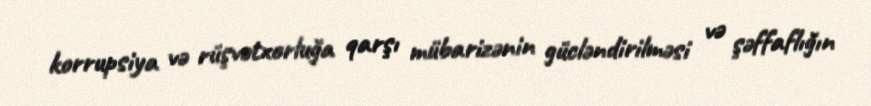
korrupsiya və rüşvətxorluğa qarşı mübarizənin gücləndirilməsi və şəffaflığın